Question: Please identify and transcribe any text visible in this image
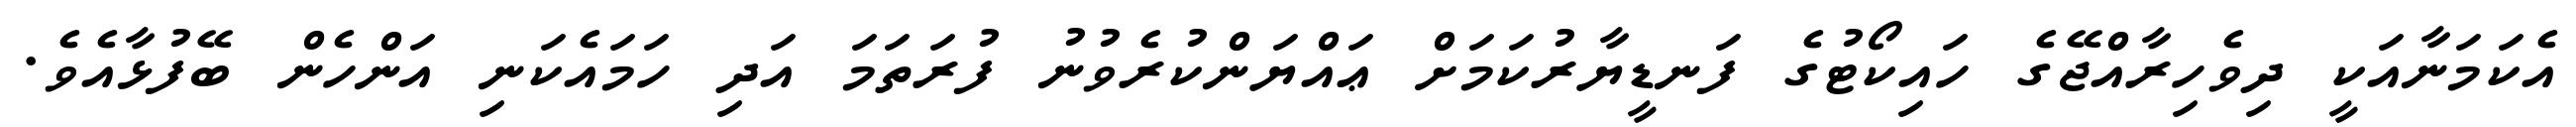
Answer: އެކަމަނާއަކީ ދިވެހިރާއްޖޭގެ ހައިކޯޓުގެ ފަނޑީޔާރުކަމަށް ޢައްޔަންކުރެވުނު ފުރަތަމަ އަދި ހަމައެކަނި އަންހެން ބޭފުޅާއެވެ.